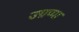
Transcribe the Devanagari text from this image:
उग्रप्पा